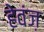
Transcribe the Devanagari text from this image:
हेवंज़